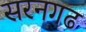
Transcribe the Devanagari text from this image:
सरनगढ